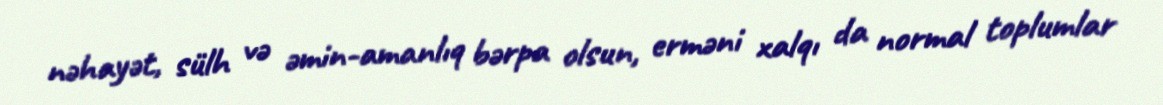
nəhayət, sülh və əmin-amanlıq bərpa olsun, erməni xalqı da normal toplumlar